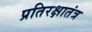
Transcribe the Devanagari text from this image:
प्रतिरक्षातंत्र